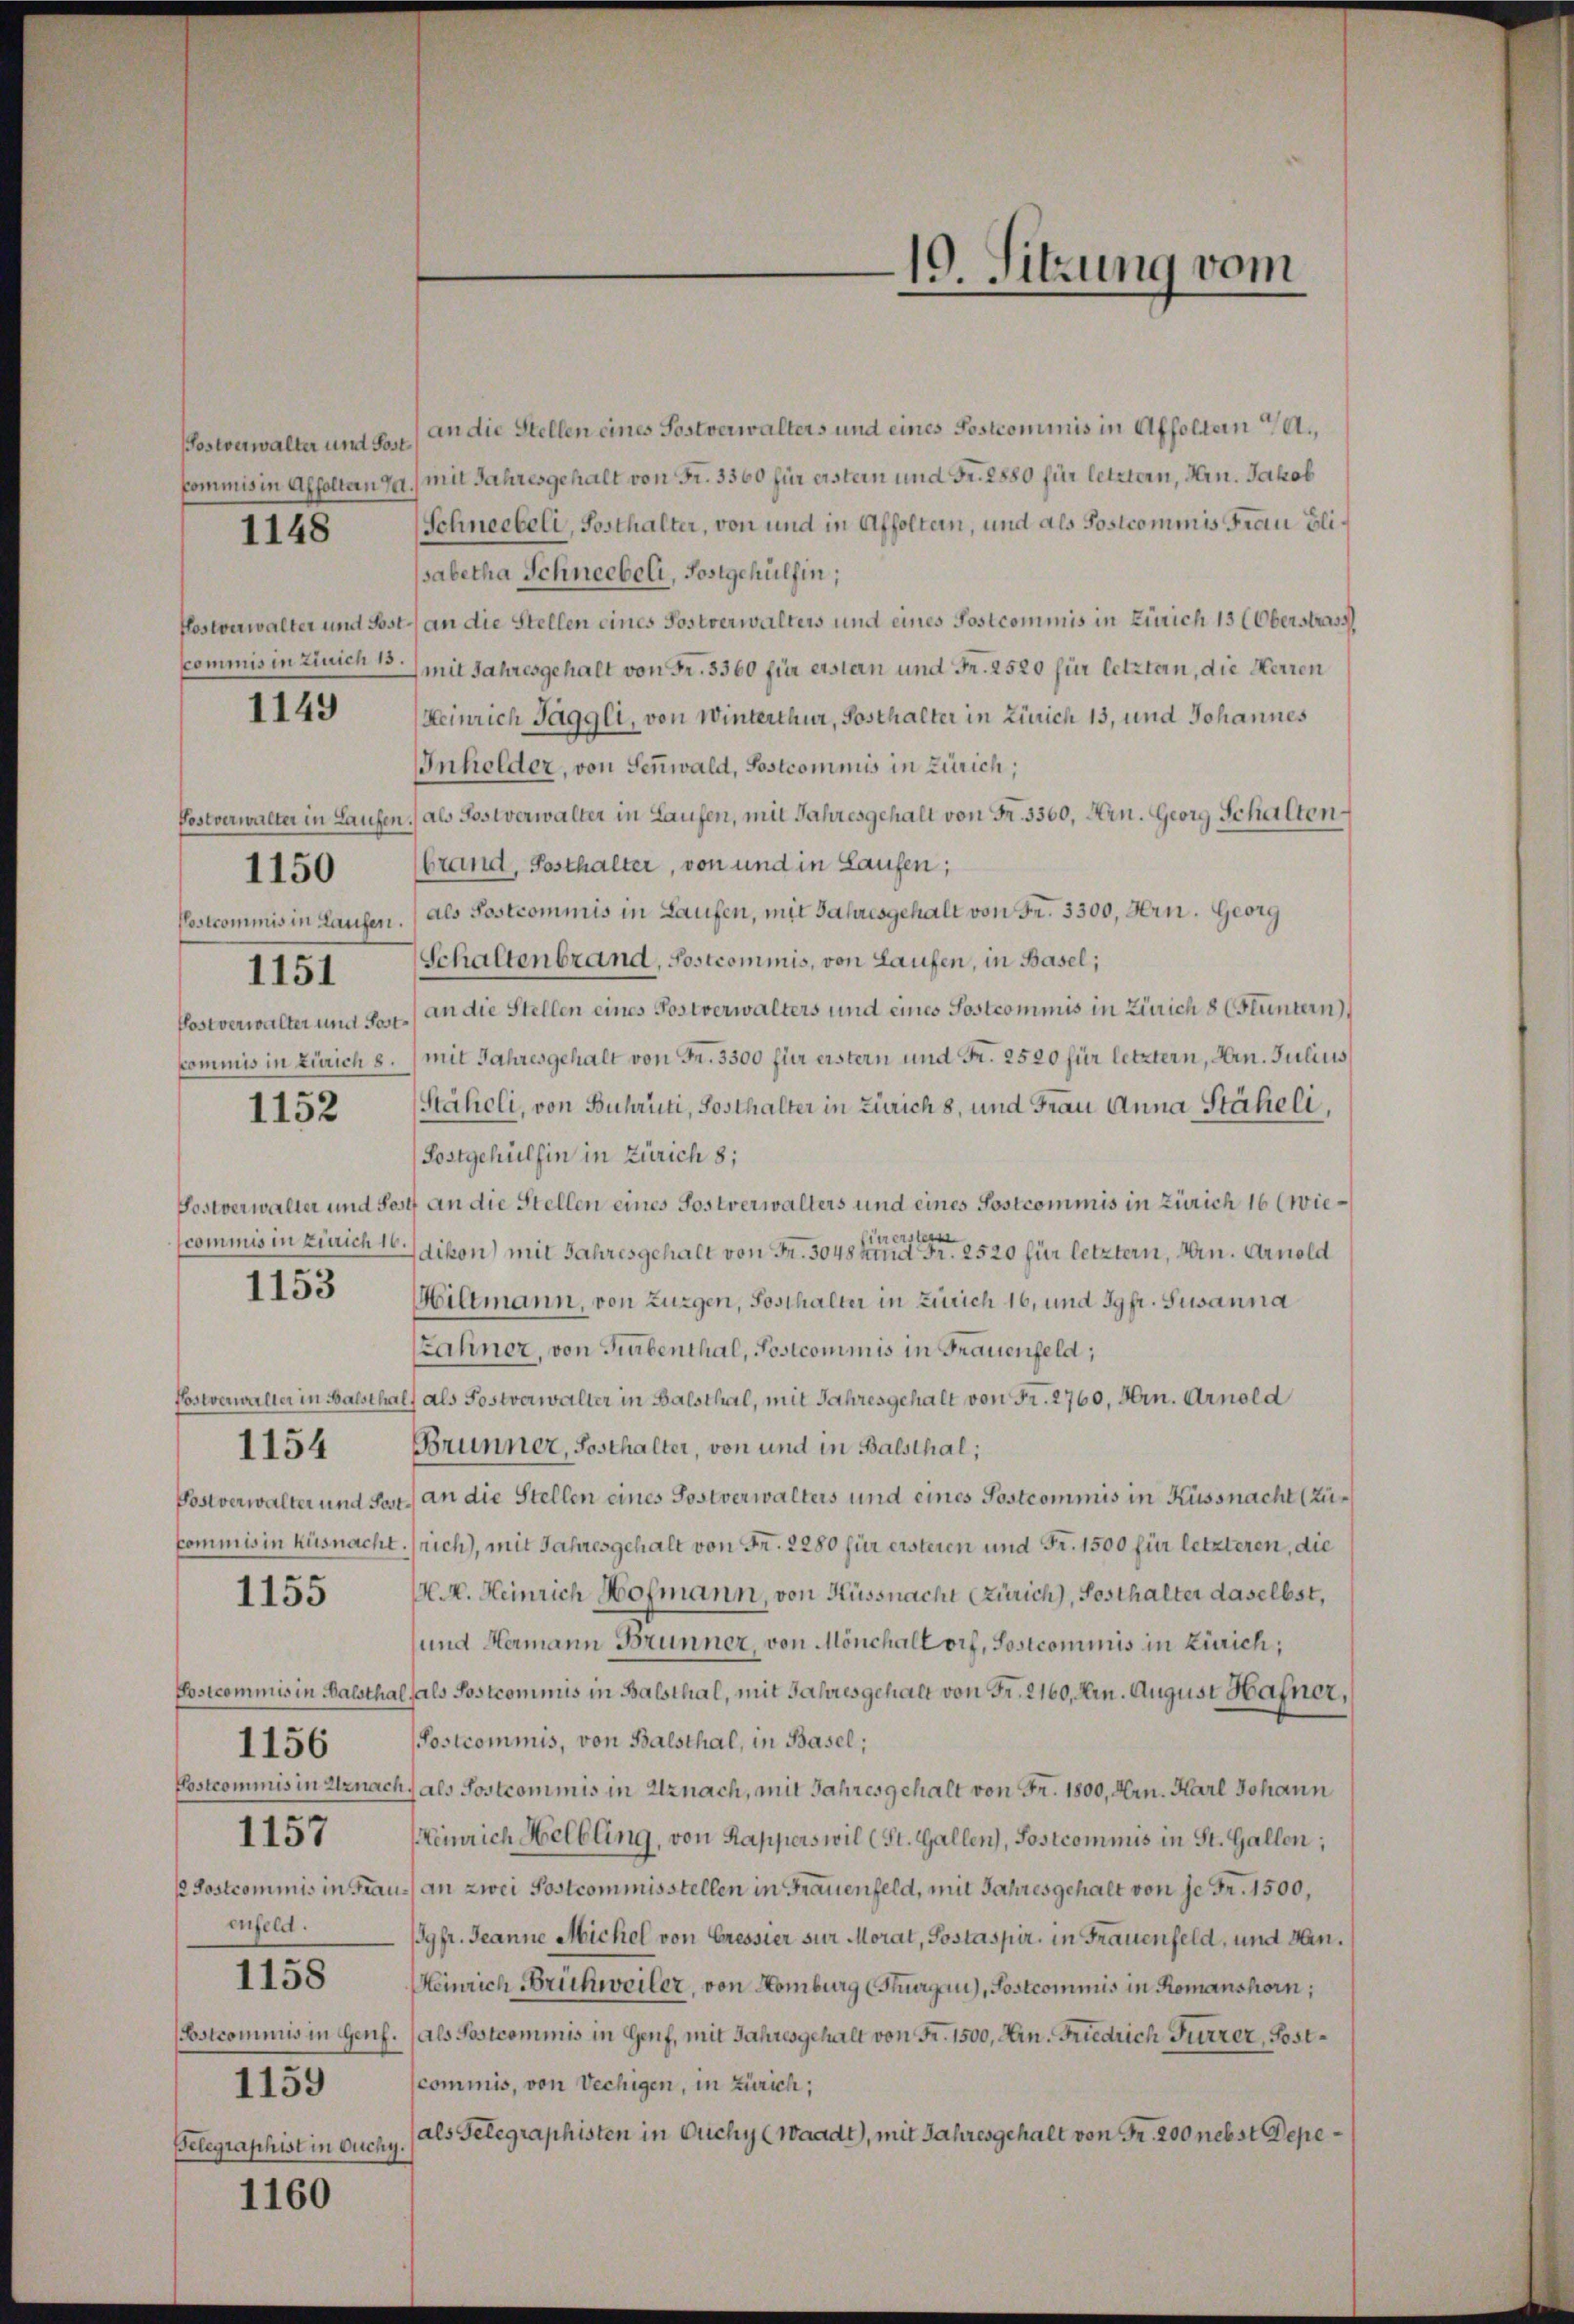
Postverwalter und Post
1148

1149

Postcommis in Laufen.
1151
Postverwalter und Post¬
1152

1150

commis in Zürich 16.
1153

Commis in Küsnach

1154

1155

enfeld.
1158
1159
Telegraphist in Ouchy.

1156

1157

1160

an die Stellen eines Sostverwalters und eines Postcommis in Affoltern a/A.,
Commis in Affoltanza.) mit Jahresgehalt von Fr. 3360 für erster und Fr. 2880 für letztern, Hrn. Jakob
Schneebeli, Posthalter, von und in Affoltern, und als Postcommis Frau Elisabetha Schneebeli, Postgehülfen;
Hostverwalter und Post an die Stellen eines Postverwalters und eines Postcommis in Zürich 13 (Oberstrass
Commis in Zürich 15 mit Jahresgehalt von Fr. 3360 für erstern und Fr. 2520 für letztern, die Herren
Heinrich Jäggli, von Winterthur, Posthalter in Zürich 13, und Johannes
Inholder, von Sennwald, Sostcommis in Zürich;
Postverwalter in Laufen, als Postverwalter in Laufen, mit Jahresgehalt von Fr. 3360, Hrn. Georg Schalten
brand, Posthalter, von und in Laufen;
als Postcommis in Laufen, mit Jahresgehalt von Fr. 3300, Hrn. Georg
Schaltenbrand, Postcommis, von Laufen, in Basel;
an die Stellen eines Postverwalters und eines Sostcommis in Zürich 8 (Fluntern
Commis in Zürich 8.) mit Jahresgehalt von Fr. 3300 für erstern und Fr. 2520 für letztern, Hrn. Julius
Stäheli, von Buhrüti, Posthalter in Zürich 8, und Frau Anna Stäheli,
Fostgehülfen in Zürich 8;
Postverwalter und Post an die Stellen eines Sostverwalters und eines Postcommis in Zürich 16 (wieier erstern
dikon) mit Jahresgehalt von Fr. 3048 kind Fr. 2520 für letztern, Hrn. Arnold
Wiltmann, von Zurgen, Sosthalter in Zürich 16, und Jgfr. Susanna
Zähner, von Turbenthal, Postcommis in Frauenfeld,
Postverwalter in Balsthal, als Postverwalter in Balsthal, mit Jahresgehalt von Fr. 2760, Hrn. Arnold
Brunner, Sosthalter, von und in Balsthal;
Postverwalter und Post an die Stellen eines Postverwalters und eines Postcommis in Küssnacht (Zut. rich), mit Jahresgehalt von Fr. 2280 für ersteren und Fr. 1500 für letzteren, die
M.M. Heinrich Hofmann, von Küssnacht (Zürich), Posthalter daselbst,
und Hermann Brunner, von Mönchaltorf, Sostcommis in Zürich;
Postcommis in Balsthal fals Postcommis in Balsthal, mit Jahres gehalt von Fr. 2160, Arn. August Hafner,
Postcommis, von Balsthal, in Basel;
Postcommis in Uznach, als Postcommis in Uznach, mit Jahresgehalt von Fr. 1800, Hrn. Karl Johann
Heinrich Helbling, von Kapperswil (St. Gallen), Postcommis in St. Gallen;
/ Postcommis in Frau an zwei Postcommisstellen in Frauenfeld, mit Jahresgehalt von je Fr. 1500,
Jgfr. Jeanne Michel von Cressier sur Morat, Postaspir, in Frauenfeld, und dan¬
Heinrich Brückweiler, von Homburg (Thurgau), Postcommis in Romanshorn,
(Bstcommis in Genf. (als Postcommis in Genf, mit Jahresgehalt von Fr. 1500, Arn. Friedrich Furrer, Postscommis, von Vechigen, in Zürich,
als Gelegraphisten in Ouchy (Waadt), mit Jahresgehalt von Fr. 200 nebst Depe¬

10. Sitzung vom